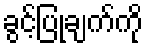
ခွင့်ပြုချက်ကို